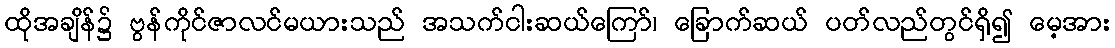
ထိုအချိန်၌ ဗွန်ကိုင်ဇာလင်မယားသည် အသက်ငါးဆယ်ကြော်၊ ခြောက်ဆယ် ပတ်လည်တွင်ရှိ၍ မေ့အား